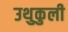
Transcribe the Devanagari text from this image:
उथुकुली